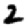
Digit: 2